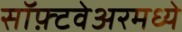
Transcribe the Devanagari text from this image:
सॉफ़्टवेअरमध्ये